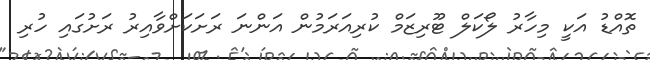
ތޮއްޑު އަކީ މިހާރު ލޯކަލް ޓޫރިޒަމް ކުރިއަރަމުން އަންނަ ރަށަކަށްވާއިރު ރަށުގައި ހުރި